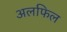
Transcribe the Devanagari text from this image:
अलफिल